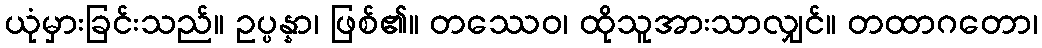
ယုံမှားခြင်းသည်။ ဥပ္ပန္နာ၊ ဖြစ်၏။ တဿေဝ၊ ထိုသူအားသာလျှင်။ တထာဂတော၊